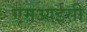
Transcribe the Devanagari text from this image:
एमआईसी